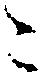
ニ